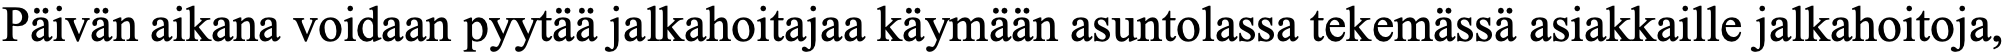
Päivän aikana voidaan pyytää jalkahoitajaa käymään asuntolassa tekemässä asiakkaille jalkahoitoja,